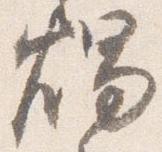
燭